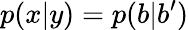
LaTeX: p(x|y)=p(b|b^{\prime})